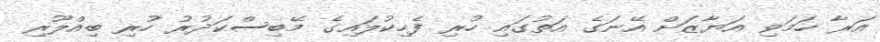
އަރާ ހަމަވި އަޔާޒަށް އޭނަގެ އަތުގައި ހުރި ފެހިކުލައިގެ މޭބިސްކަދުރު ހުރި ބިއްލޫރި